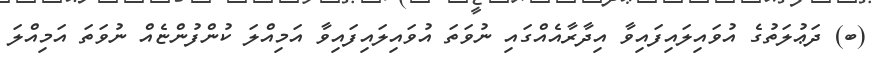
(ބ) ދަޢުލަތުގެ އުވައިލައިފައިވާ އިދާރާއެއްގައި ނުވަތަ އުވައިލައިފައިވާ އަމިއްލަ ކުންފުންޏެއް ނުވަތަ އަމިއްލަ